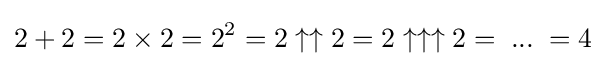
2+2=2\times 2=2^{2}=2\uparrow \uparrow 2=2\uparrow \uparrow \uparrow 2=\;...\;=4